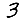
Digit: 3